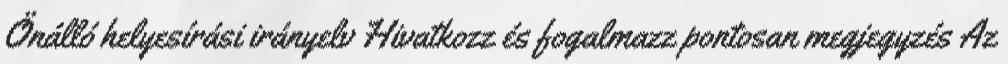
Önálló helyesírási irányelv Hivatkozz és fogalmazz pontosan megjegyzés Az